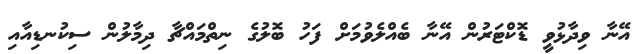
އޭނާ ވިދާޅުވީ ޑޮކްޓަރުން އޭނާ ބެއްލެވުމަށް ފަހު ބޮލުގެ ނިތްމައްޗާ ދިމާލުން ސިކުނޑިއާއި